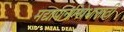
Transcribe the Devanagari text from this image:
मद्यापाननिषेधासाठीं